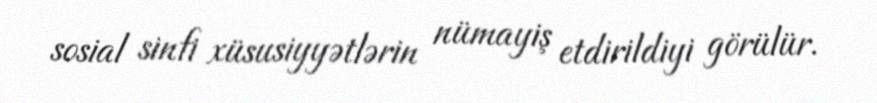
sosial sinfi xüsusiyyətlərin nümayiş etdirildiyi görülür.